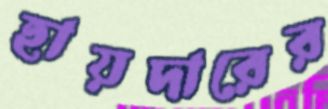
হায়দারের